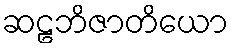
ဆဠဘိဇာတိယော